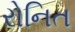
રોનિત